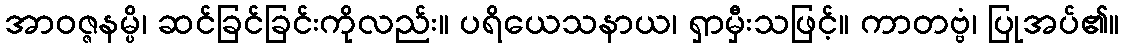
အာဝဇ္ဇနမ္ပိ၊ ဆင်ခြင်ခြင်းကိုလည်း။ ပရိယေသနာယ၊ ရှာမှီးသဖြင့်။ ကာတဗ္ဗံ၊ ပြုအပ်၏။